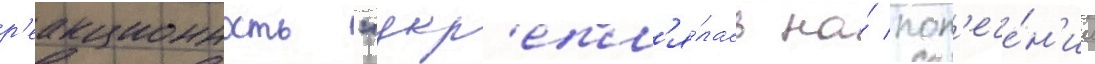
р'еакционность "укр'епл'я́лась на́ поп'ече́н'ии